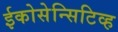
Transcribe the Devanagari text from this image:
ईकोसेन्सिटिव्ह